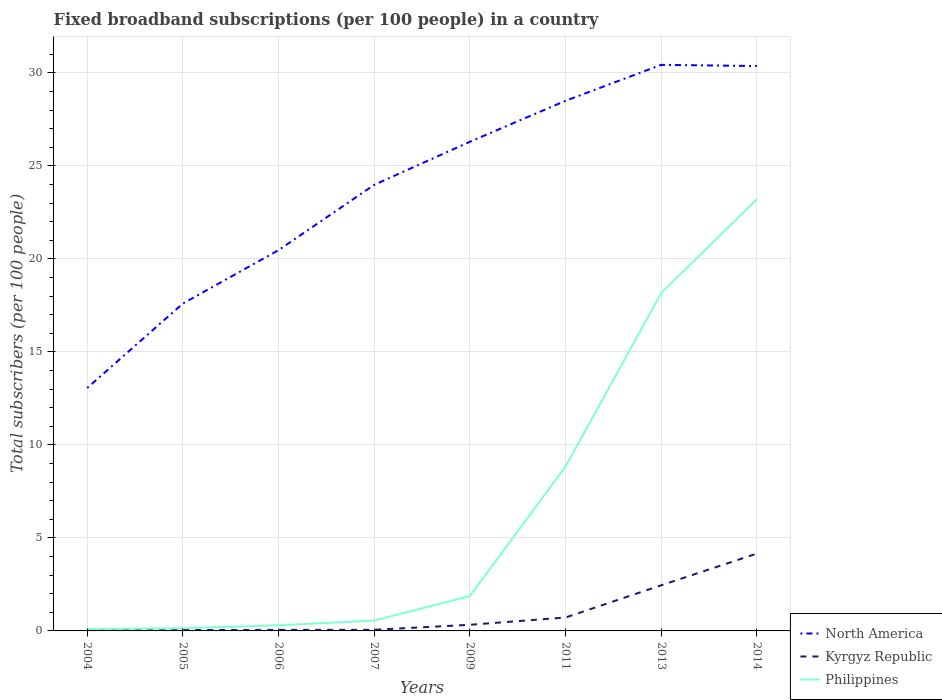
| Years | North America | Kyrgyz Republic | Philippines |
 | --- | --- | --- | --- |
 | 2004 | 13.1 | 0.038 | 0.106 |
 | 2005 | 17.6 | 0.0455 | 0.143 |
 | 2006 | 20.5 | 0.0544 | 0.303 |
 | 2007 | 24 | 0.0607 | 0.558 |
 | 2009 | 26.3 | 0.33 | 1.87 |
 | 2011 | 28.5 | 0.723 | 8.85 |
 | 2013 | 30.4 | 2.46 | 18.2 |
 | 2014 | 30.4 | 4.16 | 23.2 |